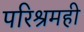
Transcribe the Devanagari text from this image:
परिश्रमही